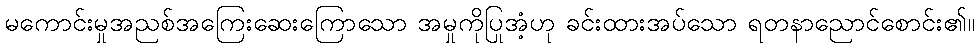
မကောင်းမှုအညစ်အကြေးဆေးကြောသော အမှုကိုပြုအံ့ဟု ခင်းထားအပ်သော ရတနာညောင်စောင်း၏။